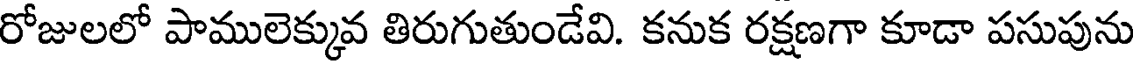
రోజులలో పాములెక్కువ తిరుగుతుండేవి. కనుక రక్షణగా కూడా పసుపును